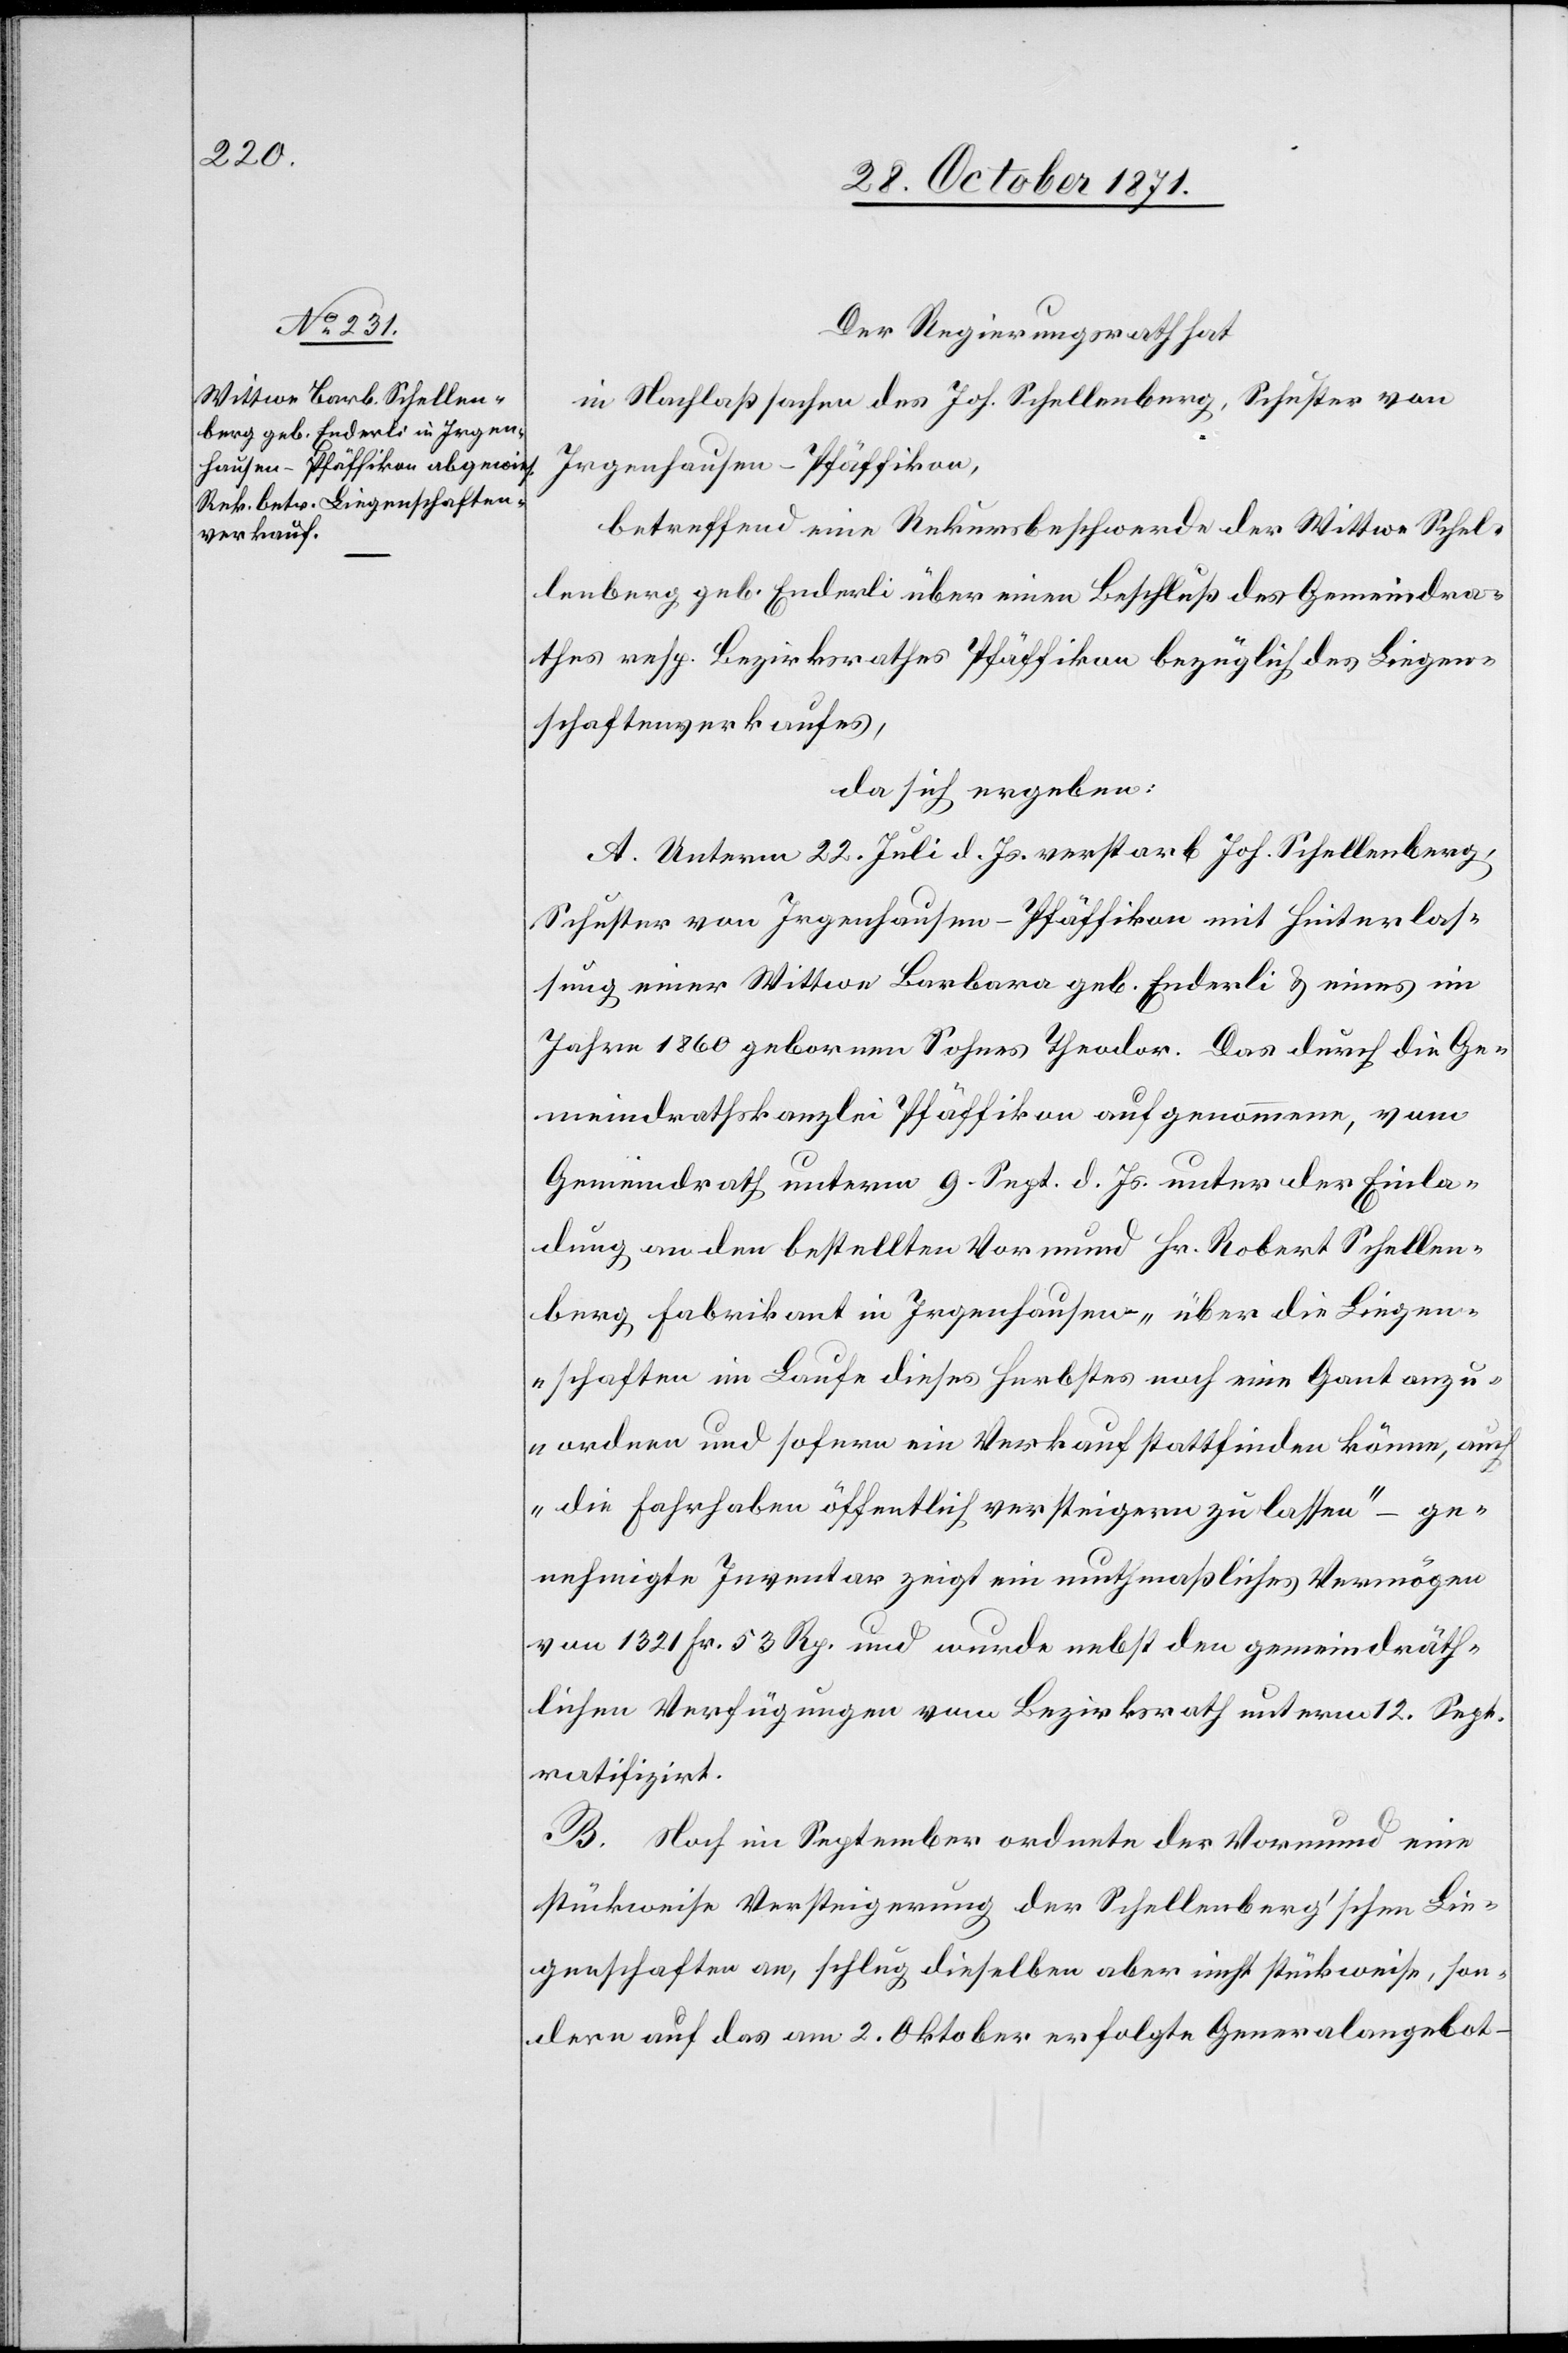
Der Regierungsrath hat
in Nachlaßsache des Joh. Schellenberg, Schuster von
Irgenhausen-Pfäffikon,
betreffend eine Rekursbeschwerde der Wittwe Schel¬
lenberg geb. Enderli über einen Beschluß des Gemeindra¬
thes resp. Bezirksrathes Pfäffikon bezüglich des Liegen¬
schaftenverkaufes,
da sich ergeben:
A. Unterm 22. Juli d. Js. verstarb Joh. Schellenberg,
Schuster von Irgenhausen-Pfäffikon mit Hinterlas¬
sung einer Wittwe Barbara geb. Enderli & eines im
Jahre 1860 geborenen Sohnes Theodor. Das durch die Ge¬
meindrathskanzlei Pfäffikon aufgenommene, vom
Gemeindrath unterm 9. Sept. d. Js. unter der Einla¬
dung an den bestellten Vormund Hr. Robert Schellen¬
berg, Fabrikant in Irgenhausen „über die Liegen¬
schaften im Laufe dieses Herbstes noch eine Gant anzu¬
ordnen und sofern ein Verkauf stattfinden könne, auch
die Fahrhabe öffentlich versteigern zu lassen“ – ge¬
nehmigte Inventar zeigt ein muthmaßliches Vermögen
von 1321 Fr. 53 Rp. und wurde nebst den gemeindräth¬
lichen Verfügungen vom Bezirksrath unterm 12. Sept.
ratifizirt.
B. Noch im September ordnete der Vormund eine
stückweise Versteigerung der Schellenberg’schen Lie¬
genschaften an, schlug dieselben aber nicht stückweise, son¬
dern auf das am 2. Oktober erfolgte Generalangebot